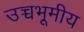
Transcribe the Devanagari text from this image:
उच्चभूमीय